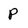
Character: P